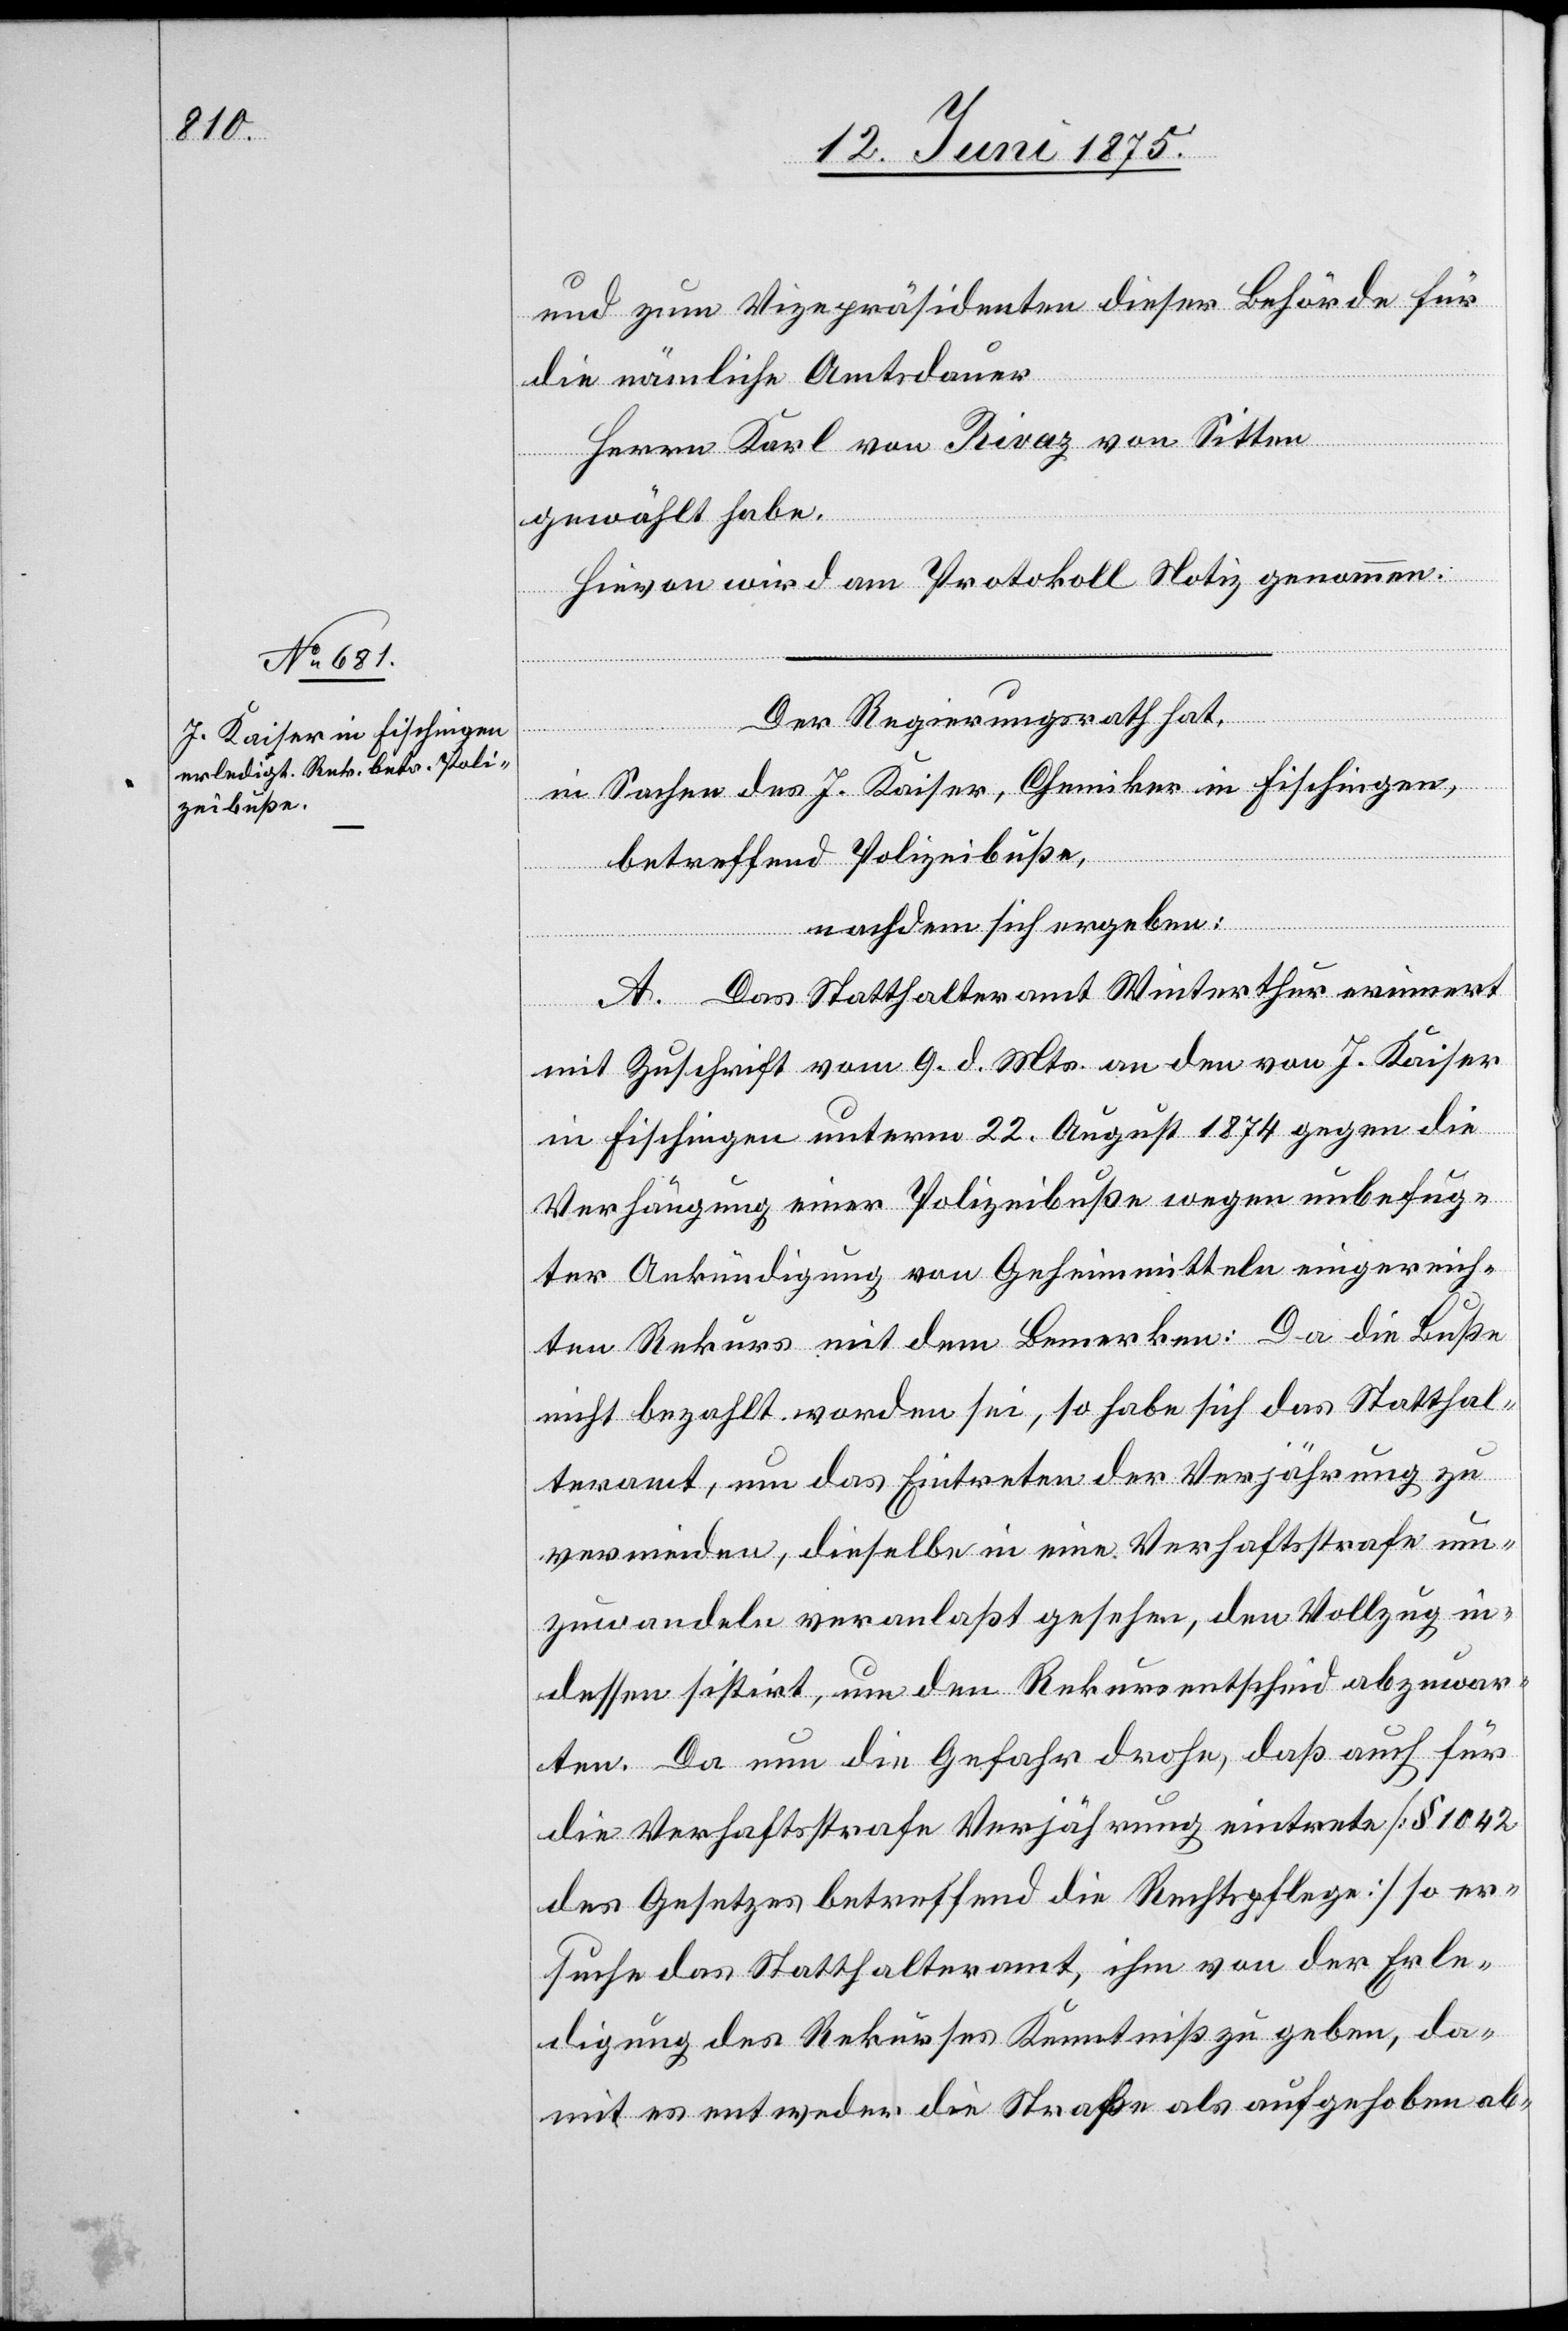
und zum Vizepräsidenten dieser Behörde für
die nämliche Amtsdauer
Herrn Karl von Rivaz von Sitten
gewählt habe.
Hievon wird am Protokoll Notiz genommen.
Der Regierungsrath hat,
in Sachen des J. Kaiser, Chemiker in Fischingen,
betreffend Polizeibuße,
nach dem sich ergeben:
A. Das Statthalteramt Winterthur erinnert
mit Zuschrift vom 9. d. Mts. an den von J. Kaiser
in Fischingen unterm 22. August 1874 gegen die
Verfügung einer Polizeibuße wegen unbefug¬
ter Ankündigung von Geheimmitteln eingereich¬
ten Rekurs mit dem Bemerken: Da die Buße
nicht bezahlt worden sei, so habe sich das Statthal¬
teramt, um das Eintreten der Verjährung zu
vermeiden, dieselbe in eine Verhaftsstrafe um¬
zuwandeln veranlaßt gesehen, den Vollzug in
dessen sistirt, um den Rekursentscheid abzuwar¬
ten. Da nun die Gefahr drohe, daß auch für
die Verhaftsstrafe Verjährung eintrete [§ 1042
des Gesetzes betreffend die Rechtspflege] so er¬
suche das Statthalteramt, ihm von der Erle¬
digung des Rekurses Kenntniß zu geben, da¬
mit es entweder die Strafe als aufgehoben ab-